Laidoner,_Johan, lk 63
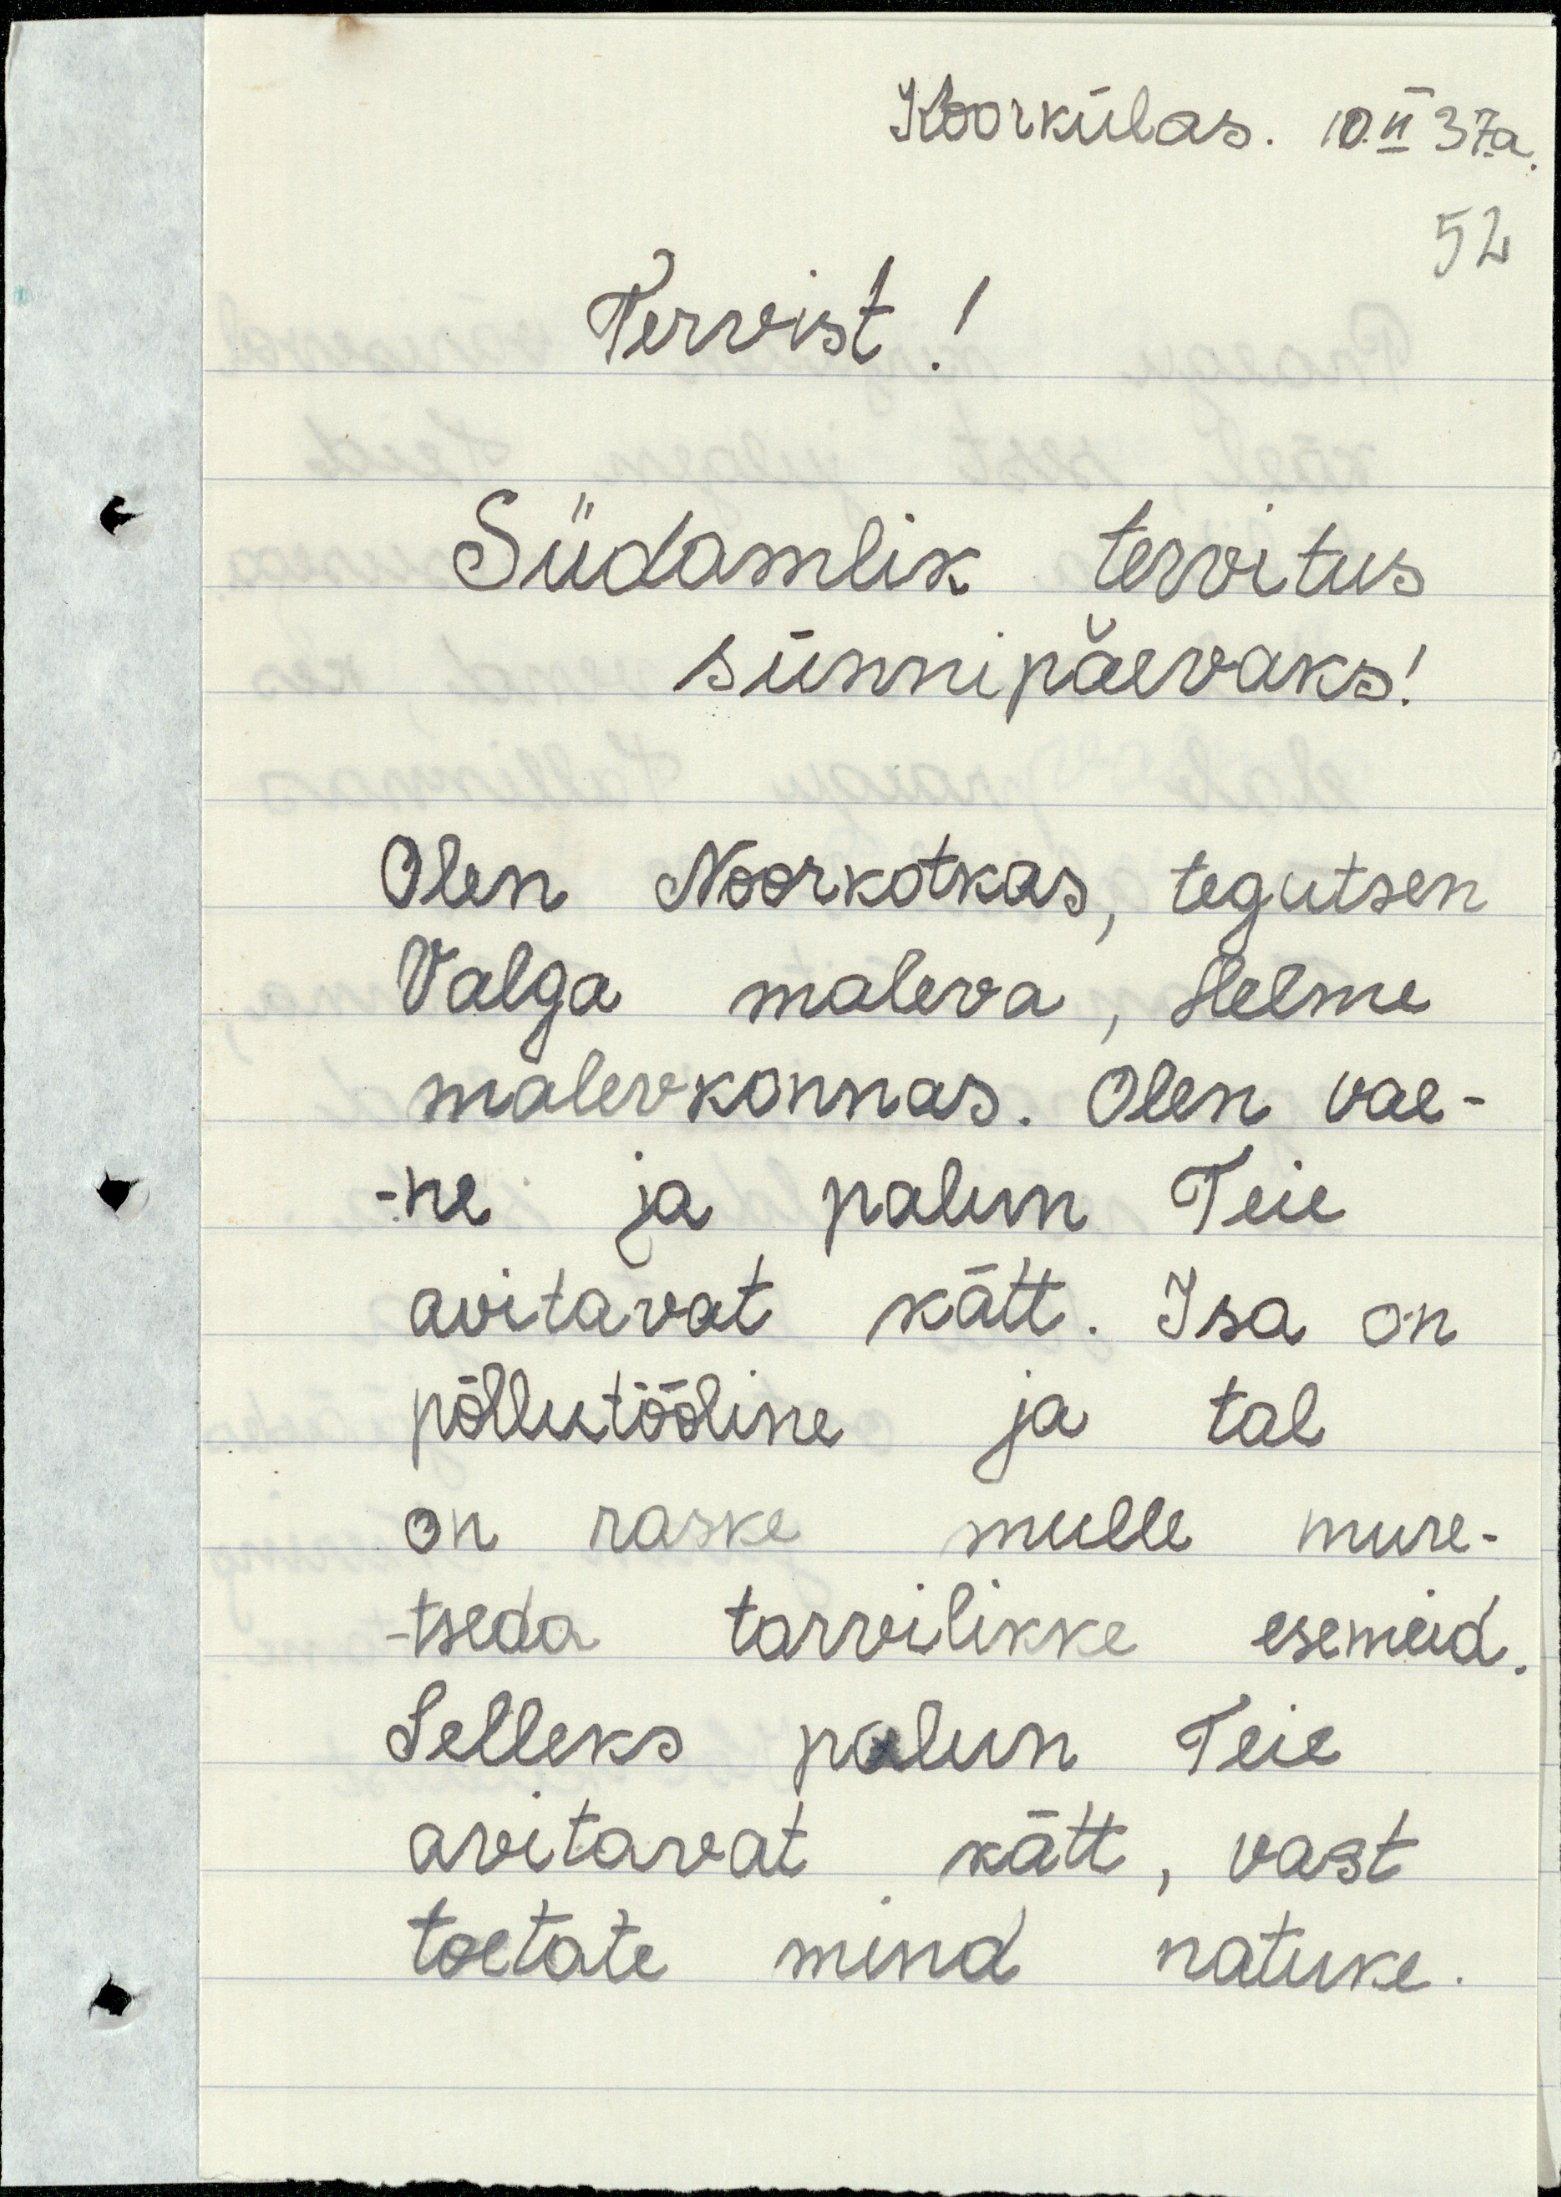
Koorkülas. 10 II 37a
52
Tervist!
Südamlik tervitus
sünnipäevaks!
Olen Noorkotkas, tegutsen
Valga maleva, Helme
malevkonnas. Olen vae-
-ne ja palun Teie
avitavat kätt. Isa on
põllutööline ja tal
on raske mulle mure-
tseda tarvilikke esemeid.
Selleks palun Teie
avitavat kätt, vast
toetate mind natuke.